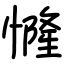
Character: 㦕